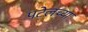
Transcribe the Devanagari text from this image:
पटेलच्या